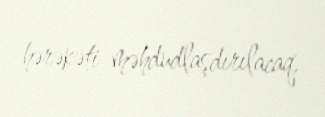
hərəkəti məhdudlaşdırılacaq.